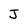
Character: J